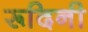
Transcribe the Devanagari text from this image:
रूदिनी